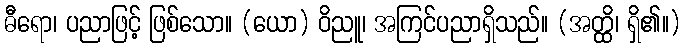
ဓီရော၊ ပညာဖြင့် ဖြစ်သော။ (ယော) ဝိညူ၊ အကြင်ပညာရှိသည်။ (အတ္ထိ၊ ရှိ၏။)